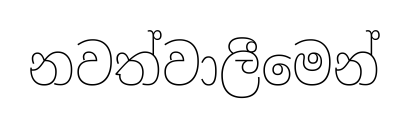
නවත්වාලීමෙන්